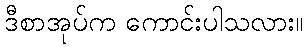
ဒီစာအုပ်က ကောင်းပါသလား။